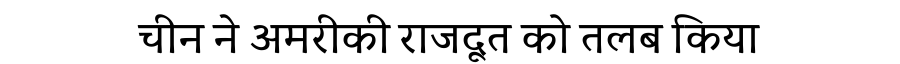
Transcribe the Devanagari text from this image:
चीन ने अमरीकी राजदूत को तलब किया